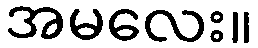
အမလေး။